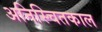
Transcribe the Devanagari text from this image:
अनिस्चितकाल